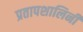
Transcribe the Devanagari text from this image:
प्रतापशालिनी